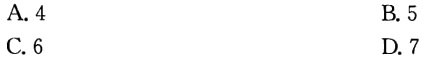
A. 4
B. 5
C. 6
D. 7